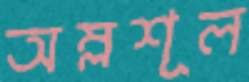
অম্লশূল